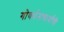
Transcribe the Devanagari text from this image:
गोवर्धनाचार्यांची